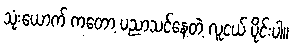
သုံးယောက် ကတော့ ပညာသင်နေတဲ့ လူငယ် ပိုင်းပါ။